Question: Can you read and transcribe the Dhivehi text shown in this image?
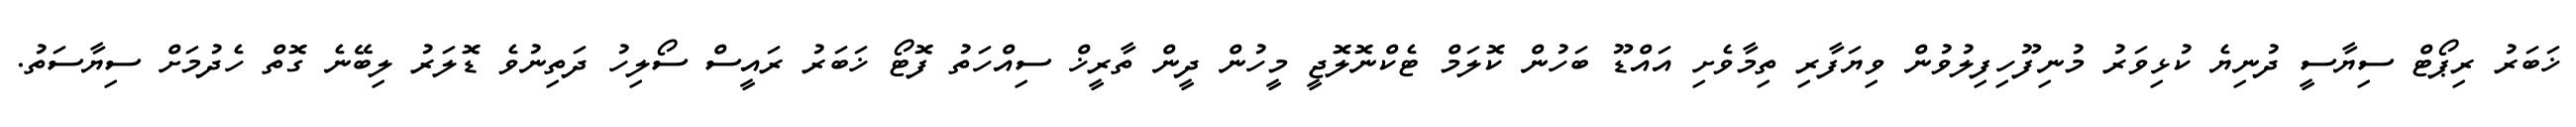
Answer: ޚަބަރު ރިޕޯޓް ސިޔާސީ ދުނިޔެ ކުޅިވަރު މުނިފޫހިފިލުވުން ވިޔަފާރި ތިމާވެށި އައްޑޫ ބަހުން ކޮލަމް ޓެކްނޮލޮޖީ މީހުން ދީން ތާރީޚް ސިއްހަތު ފޮޓޯ ޚަބަރު ރައީސް ސޯލިހު ދަތިނުވެ ޑޮލަރު ލިބޭނެ ގޮތް ހެދުމަށް ސިޔާސަތު.